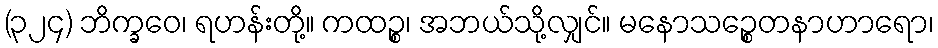
(၃၂၄) ဘိက္ခဝေ၊ ရဟန်းတို့။ ကထဉ္စ၊ အဘယ်သို့လျှင်။ မနောသဉ္စေတနာဟာရော၊